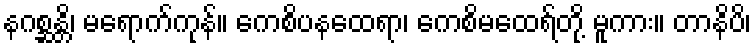
နဂစ္ဆန္တိ၊ မရောက်ကုန်။ ကေစိပနထေရာ၊ ကေစိမထေရ်တို့ မူကား။ တာနိပိ၊